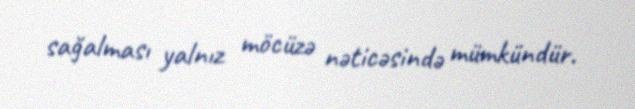
sağalması yalnız möcüzə nəticəsində mümkündür.